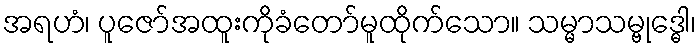
အရဟံ၊ ပူဇော်အထူးကိုခံတော်မူထိုက်သော။ သမ္မာသမ္ဗုဒ္ဓေါ၊